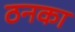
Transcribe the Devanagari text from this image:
ठनका